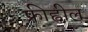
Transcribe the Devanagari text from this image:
फ्रीह्वील